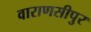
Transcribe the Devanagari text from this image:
वाराणसीपुर